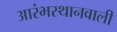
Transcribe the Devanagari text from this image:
आरंभस्थानवाली